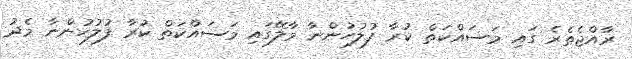
ރާއްޖެތެރެ ގައި މަސައްކަތް ކުރާ ފުލުހުންނާ މާލޭގައި މަސައްކަތް ކުރާ ފުލުހުންނާ މެދު